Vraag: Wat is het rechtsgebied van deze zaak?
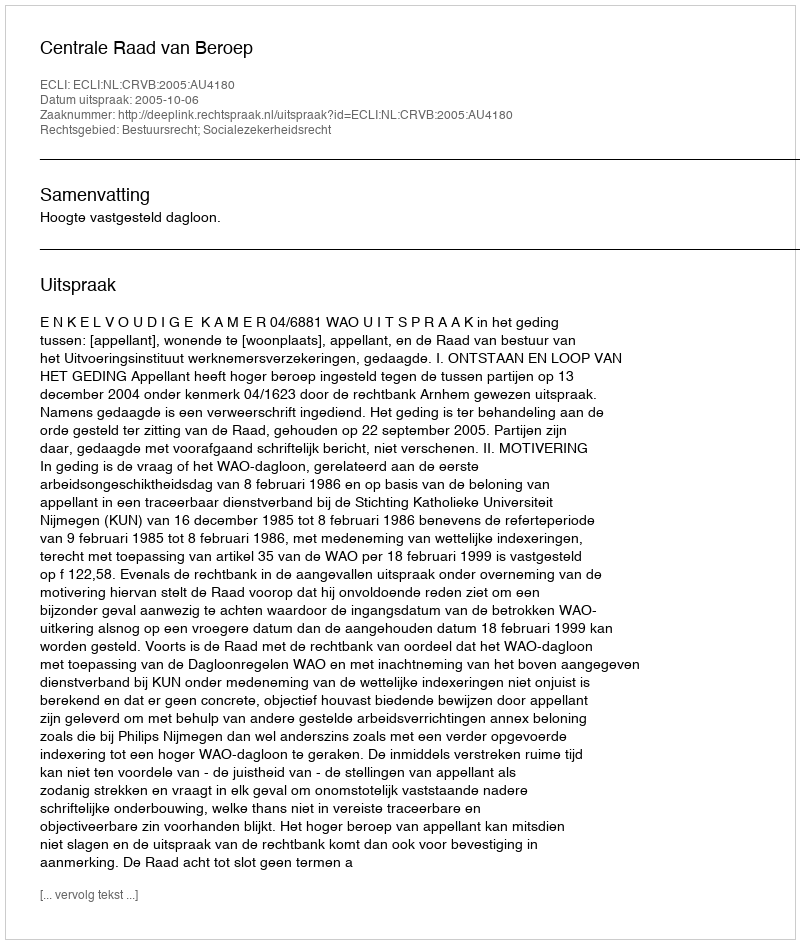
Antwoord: Bestuursrecht; Socialezekerheidsrecht